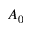
A _ { 0 }